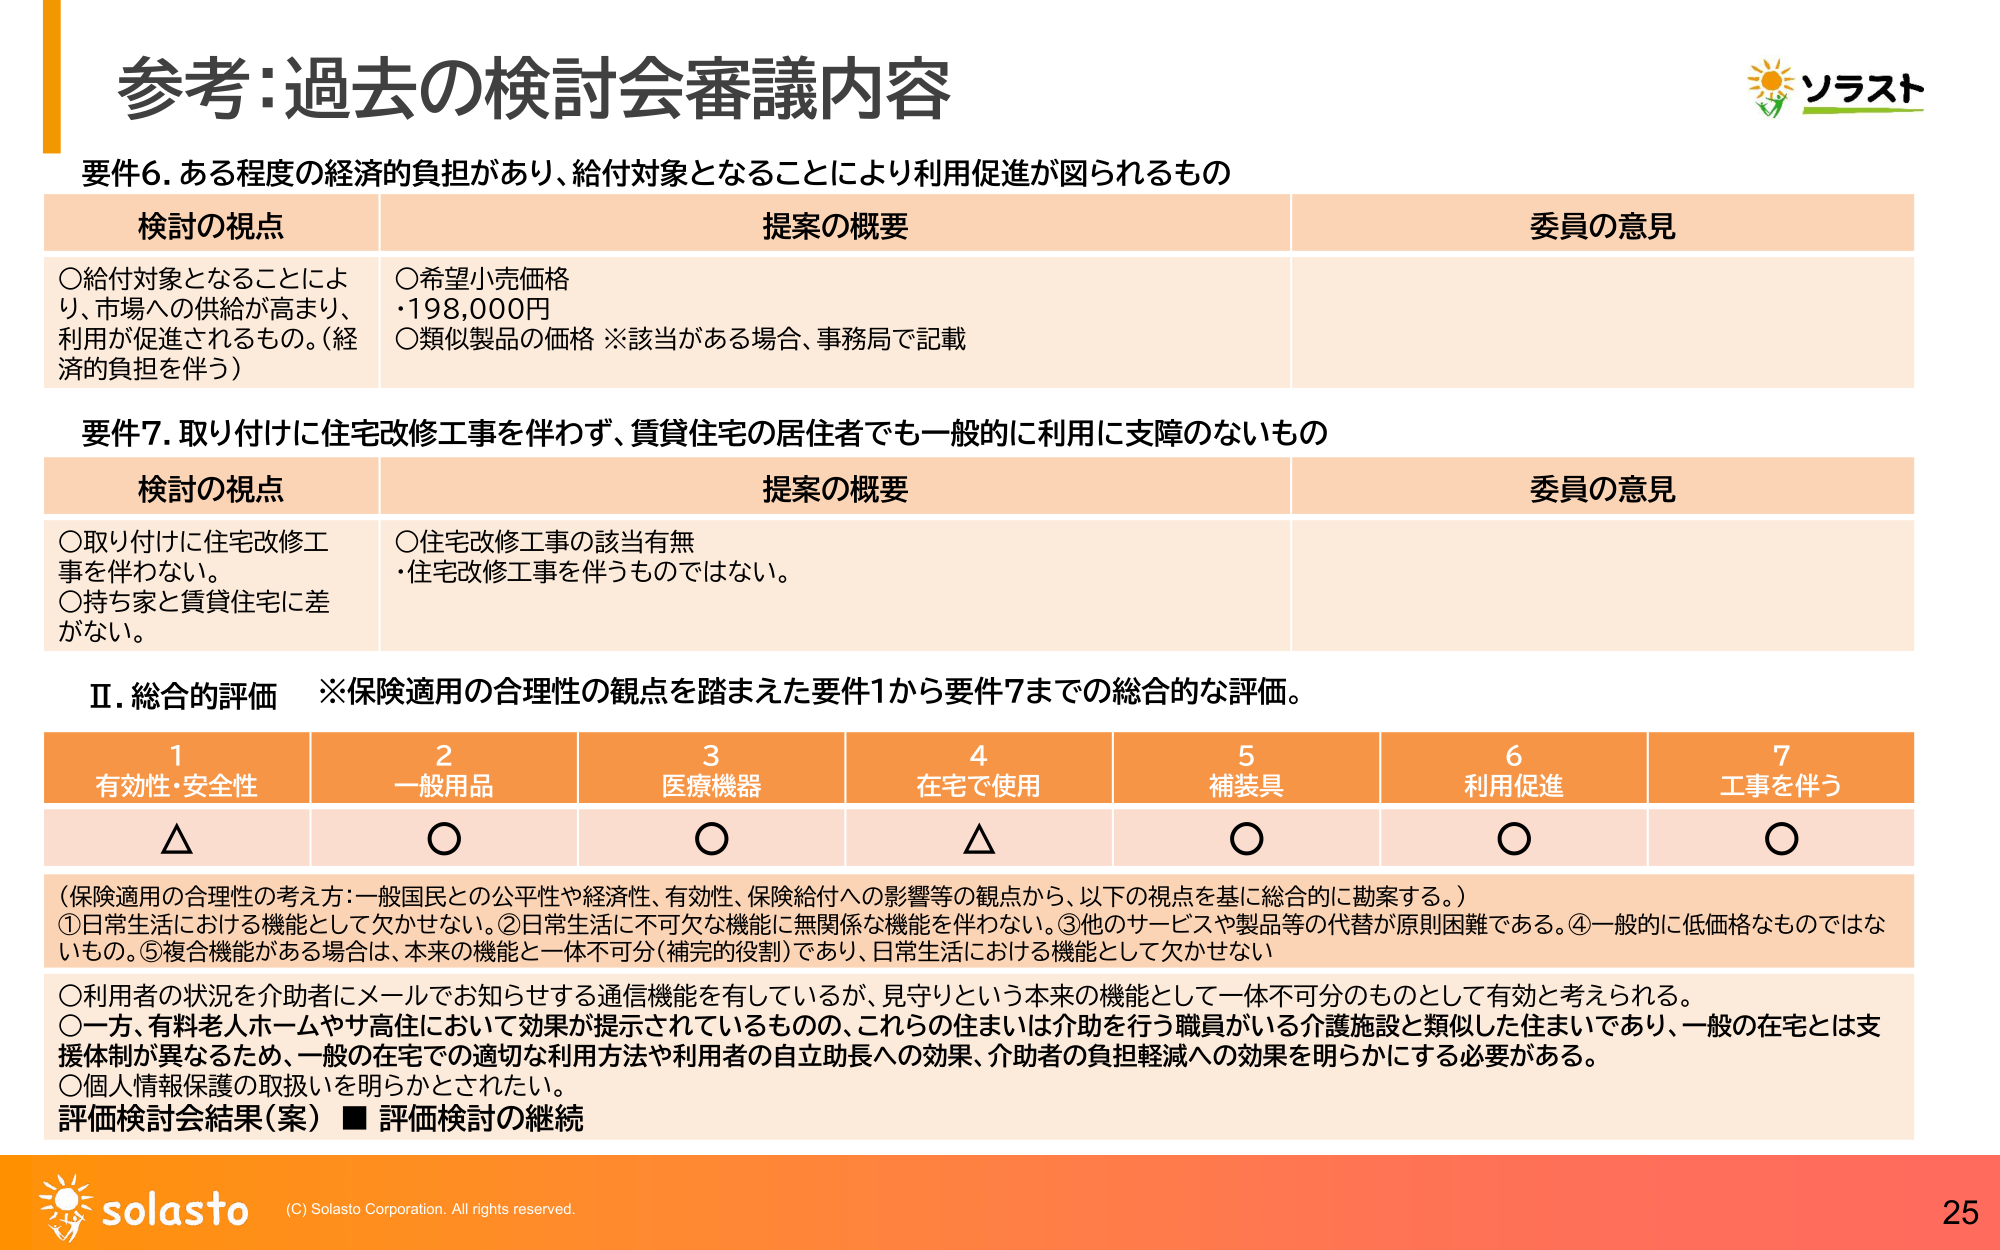
参考：過去の検討会審議内容

要件6. ある程度の経済的負担があり、給付対象となることにより利用促進が図られるもの

検討の視点　　　　　　　　　　　　　　　　　提案の概要　　　　　　　　　　　　　　　　　委員の意見
○給付対象となることにより、市場への供給が高まり、利用が促進されるもの。（経済的負担を伴う）　○希望小売価格・198,000円　○類似製品の価格 ※該当がある場合、事務局で記載

要件7. 取り付けに住宅改修工事を伴わず、賃貸住宅の居住者でも一般的に利用に支障のないもの

検討の視点　　　　　　　　　　　　　　　　　提案の概要　　　　　　　　　　　　　　　　　委員の意見
○取り付けに住宅改修工事を伴わない。　○住宅改修工事の該当有無・住宅改修工事を伴うものではない。　○持ち家と賃貸住宅に差がない。

Ⅱ. 総合的評価　※保険適用の合理性の観点を踏まえた要件1から要件7までの総合的な評価。

1 有効性・安全性　　　2 一般用品　　　3 医療機器　　　4 在宅で使用　　　5 補装具　　　6 利用促進　　　7 工事を伴う
△　　　　　　　　　　○　　　　　　　　○　　　　　　　　△　　　　　　　　○　　　　　　　　○　　　　　　　　○

（保険適用の合理性の考え方：一般国民との公平性や経済性、有効性、保険給付への影響等の観点から、以下の視点を基に総合的に勘案する。）
①日常生活における機能として欠かせない。②日常生活に不可欠な機能に無関係な機能を伴わない。③他のサービスや製品等の代替が原則困難である。④一般的に低価格なものではないもの。⑤複合機能がある場合は、本来の機能と一体不可分（補完的役割）であり、日常生活における機能として欠かせない

○利用者の状況を介助者にメールでお知らせする通信機能を有しているが、見守りという本来の機能として一体不可分のものとして有効と考えられる。
○一方、有料老人ホームやサ高住において効果が提示されているものの、これらの住まいは介助を行う職員がいる介護施設と類似した住まいであり、一般の在宅とは支援体制が異なるため、一般の在宅での適切な利用方法や利用者の自立助長への効果、介助者の負担軽減への効果を明らかにする必要がある。
○個人情報保護の取扱いを明らかとされたい。
評価検討会結果（案） ■ 評価検討の継続

ソラスト

solasto (C) Solasto Corporation. All rights reserved. 25